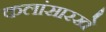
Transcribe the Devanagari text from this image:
कलांसारखे